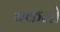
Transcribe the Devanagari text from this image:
थकलो